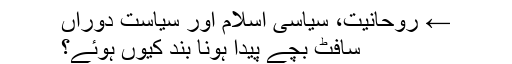
← روحانیت، سیاسی اسلام اور سیاستِ دوراں
سافٹ بچے پیدا ہونا بند کیوں ہوئے؟